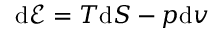
\mathrm { d } \mathscr { E } = T \mathrm { d } S - p \mathrm { d } v